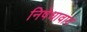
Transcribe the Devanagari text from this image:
निषेधावाद